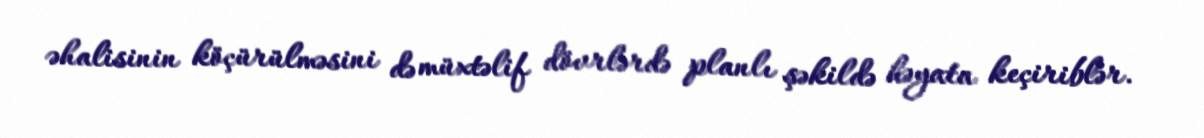
əhalisinin köçürülməsini də müxtəlif dövrlərdə planlı şəkildə həyata keçiriblər.